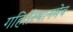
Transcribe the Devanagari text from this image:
गहिर्तस्थानमेव